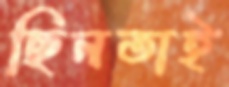
ছিনতাই